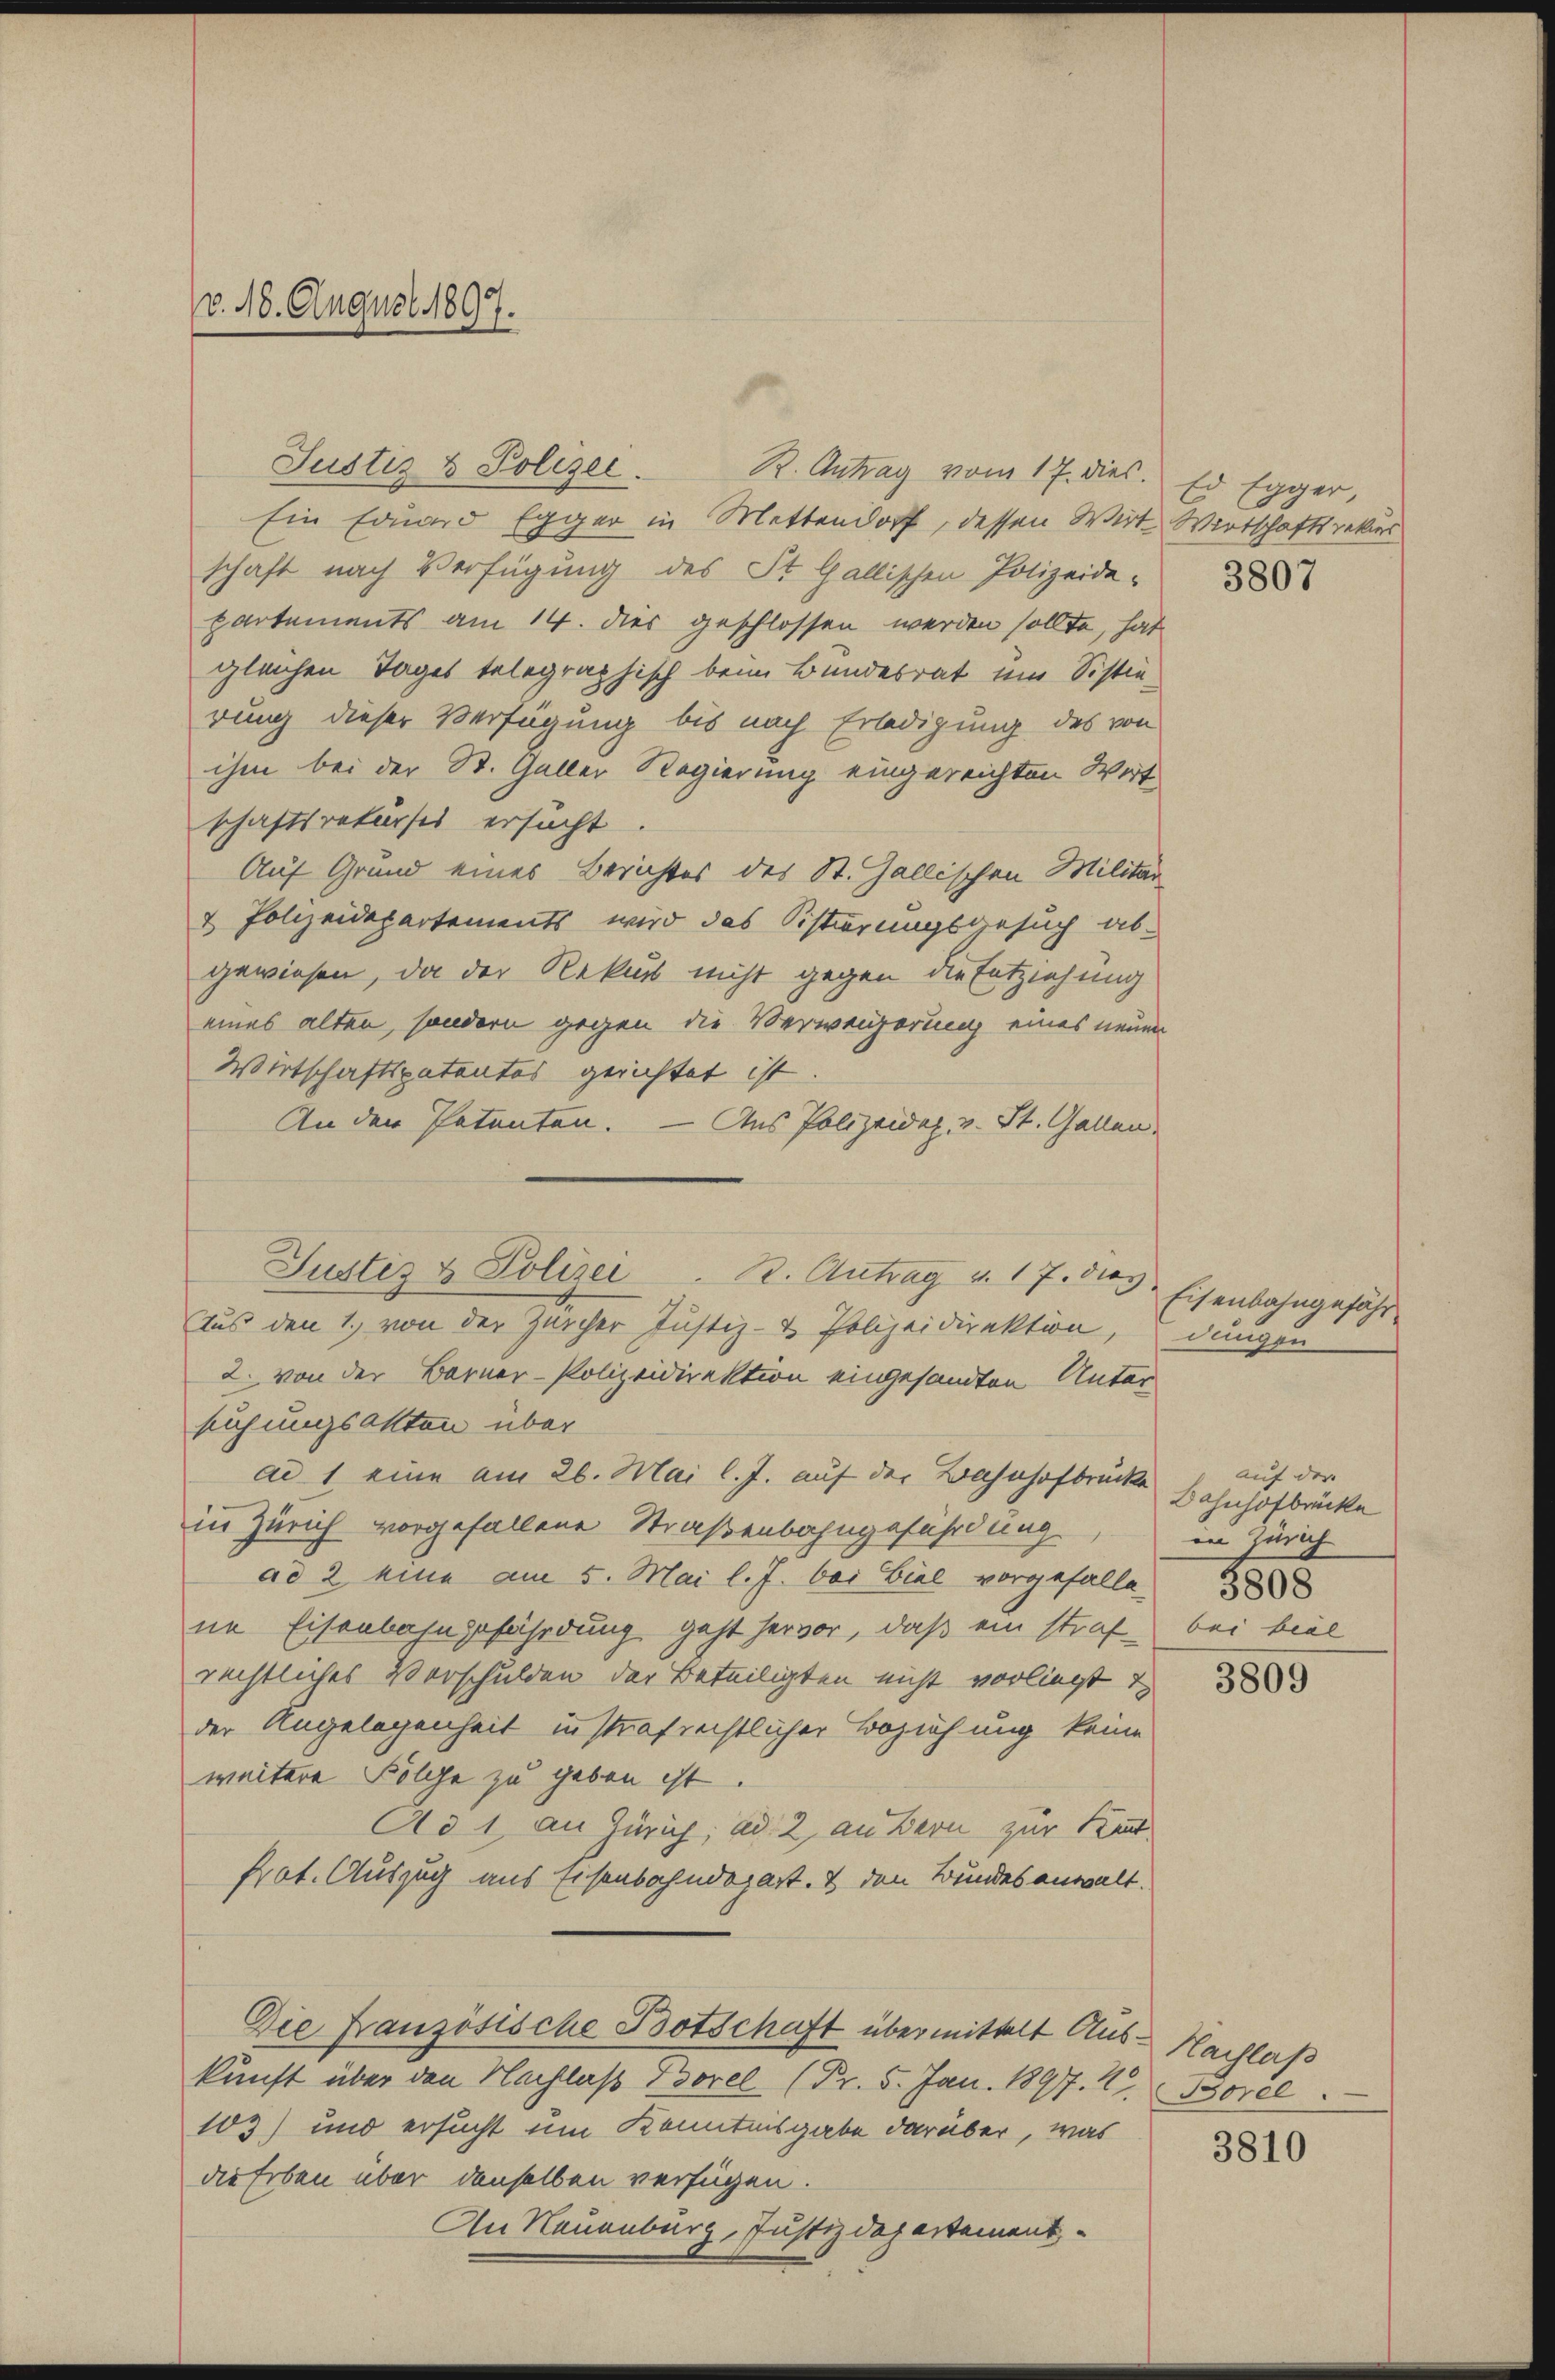
v. 18. August 1897.

Justiz & Polizei. R. Antrag vom 17. dies. Es Egger,
Ein Eduard Egger in Mettendorf, dessen Wirte Wirtschaftsretters
schaft nach Verfügung des St. Gallischen Polizeide-
partements am 14. dies geschlossen werden sollte, hat
gleichen Tages telegraphisch beim Bundesrat und Sistierung dieser Verfügung bis nach Erledigung des von
ihm bei der St. Galler Regierung eingereichten Wert
schaftsrekurses ersucht.
Auf Grund eines Berichtes des St. Gallischen Militär
2 Polizeidepartements wird das Sistierungsbesuch ab-
gewiesen, da der Rekurs nicht gegen die Entziehung
eines alten, sondern gegen die Verweigerung eines neuen
Wirtschaftspatentes gerichtet ist
An der Patenten. — Aus Polizeidez. v. St. Gallen.
Aus den 1., von der Zürcher Justiz- & Polizeidirektion, dungen
2. von der Barner-Polizeidirektion eingesandten Unter
suchungsakten über
ad 1 eine am 26. Mai l. J. auf der Bahnhofbrücke
in Zürich vorgefallene Straßenbahngeführdung
ad 2 eine am 5. Mai l. J. bei Biel vorgefalle
ne Eisenbahngefährdung geht hervor, daß ein straf
rechtliches Vorschulden der Beteiligten nicht vorliegt u
der Angelegenheit in strafrechtlicher Beziehung keine
weitere Folge zu geben ist.
Ad 1 an Zürich; ad 2, an Bern zur Stat
Prot. Auszug aus Eisenbahndepart. 2 den Bundesanwalt.
Die Französische Botschaft übermittelt Aus- Nachlaß
kunft über den Nachlaß Borel (Fr. 5. Jan. 1897. 2. Borel
103) und ersucht um Kenntnisgabe darüber, was
die Erben über denselben verfügen.
An Neuenburg, Justizdepartement¬

Justiz & Polizei . K. Antrag u. 17. 83. Eisenbahngefähr

3807

auf der
Bahnhofbrücke
in Zürich
3808
bei beal

3809

3810